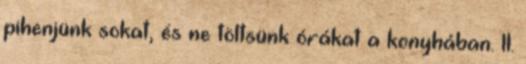
pihenjünk sokat, és ne töltsünk órákat a konyhában. 11.